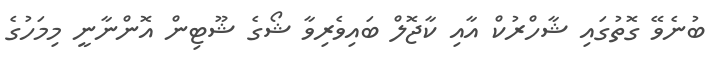
ބުނެވޭ ގޮތުގައި ޝާހްރުކް އާއި ކާޖޮލް ބައިވެރިވާ ޝޯގެ ޝޫޓިން އޮންނާނީ މިމަހުގެ